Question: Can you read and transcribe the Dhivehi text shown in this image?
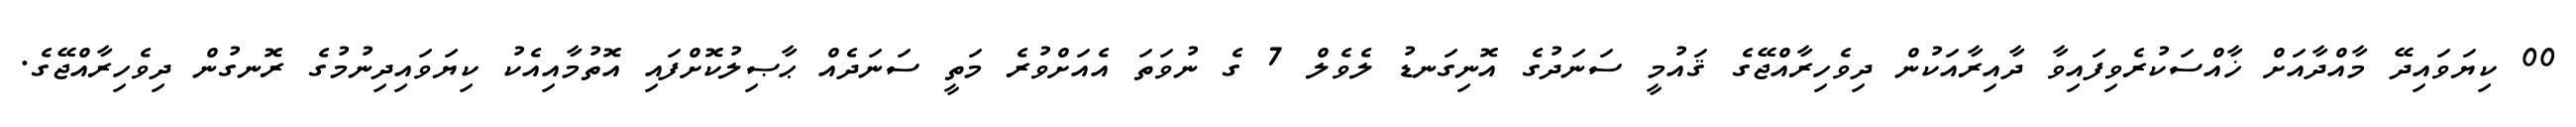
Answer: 00 ކިޔަވައިދޭ މާއްދާއަށް ޚާއްސަކުރެވިފައިވާ ދާއިރާއަކުން ދިވެހިރާއްޖޭގެ ޤައުމީ ސަނަދުގެ އޮނިގަނޑު ލެވެލް 7 ގެ ނުވަތަ އެއަށްވުރެ މަތީ ސަނަދެއް ޙާޞިލުކޮށްފައި އޮތުމާއިއެކު ކިޔަވައިދިނުމުގެ ރޮނގުން ދިވެހިރާއްޖޭގެ.